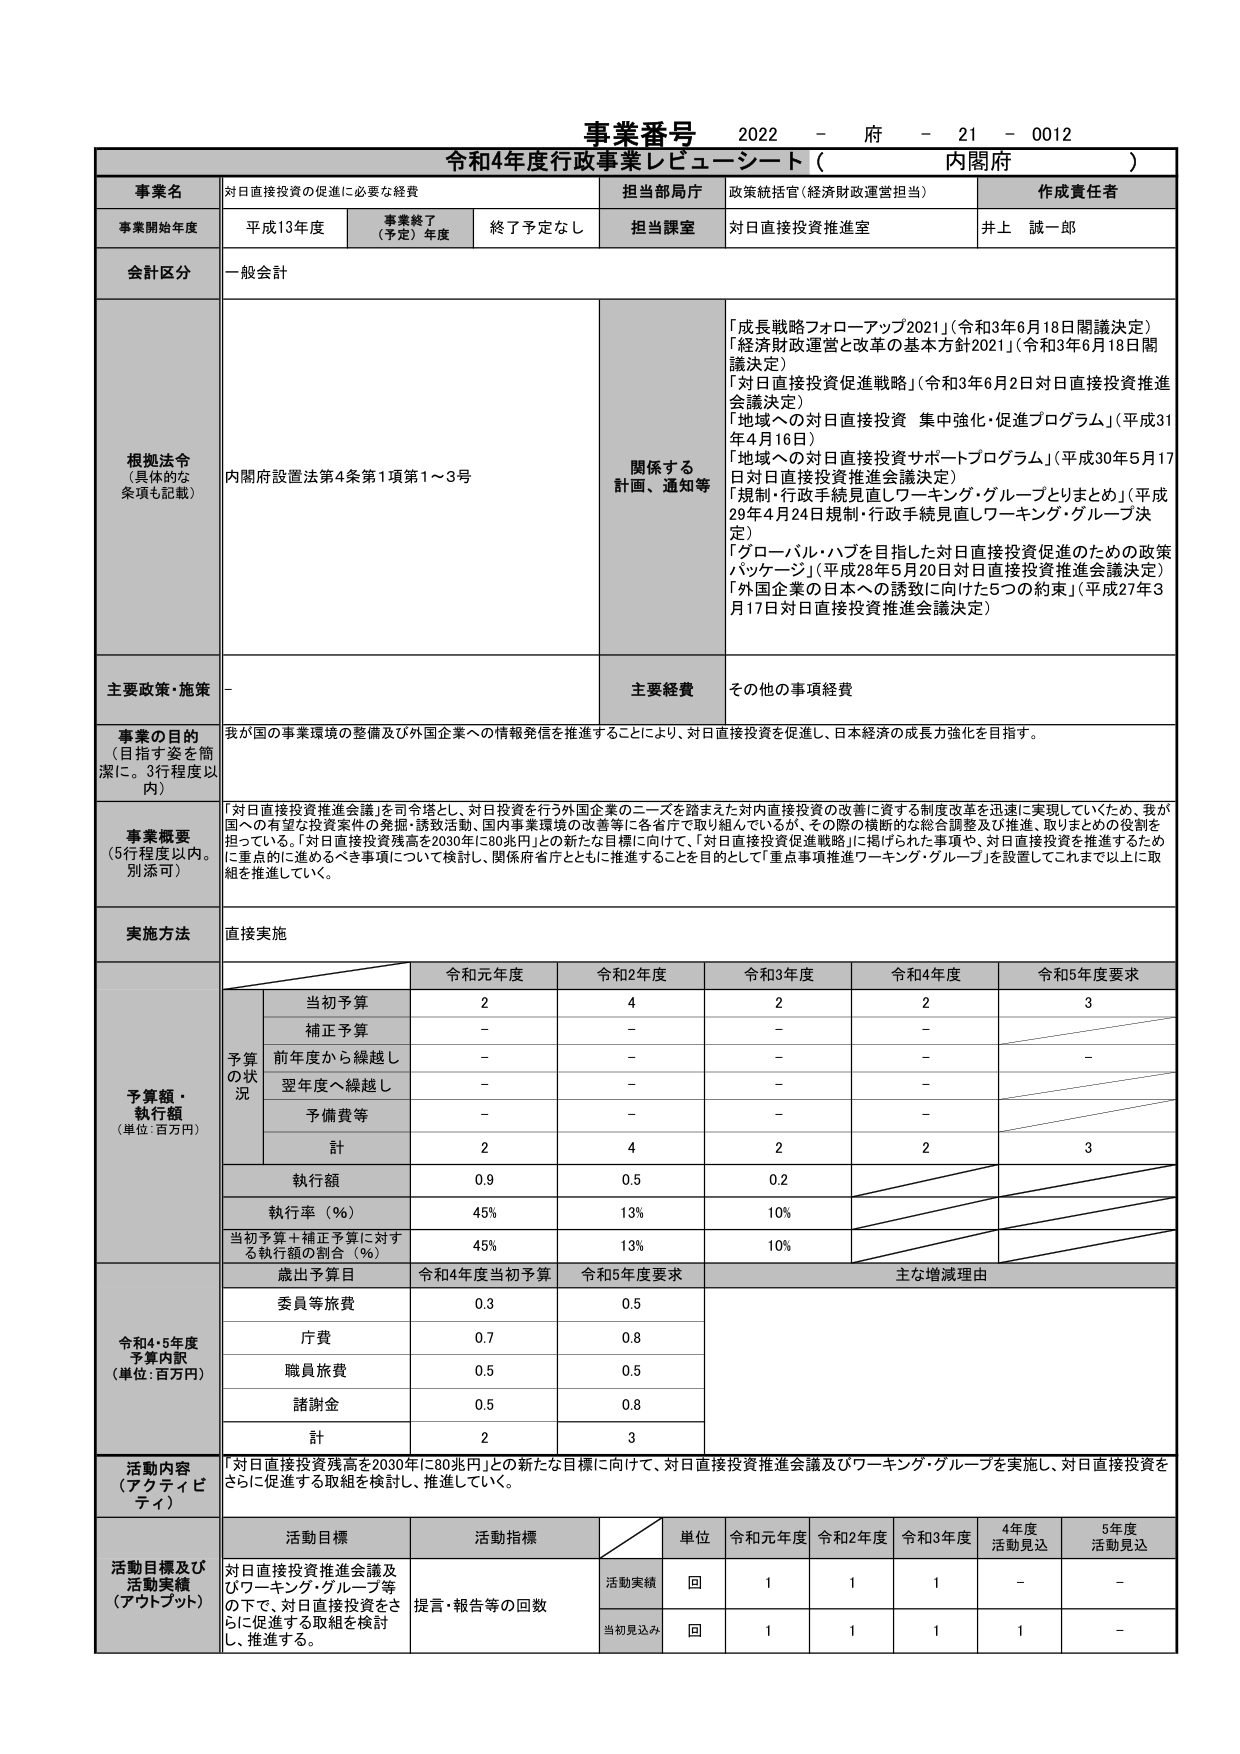
事業番号 2022 - 府 - 21 - 0012
令和4年度行政事業レビュー・シート（ 内閣府 ）

事業名 対日直接投資の促進に必要な経費
担当部局庁 政策統括官（経済財政運営担当）
作成責任者 井上 誠一郎

事業開始年度 平成13年度
事業終了（予定）年度 終了予定なし
担当課室 対日直接投資推進室

会計区分 一般会計

根拠法令（具体的な条項も記載） 内閣府設置法第4条第1項第1～3号
関係する計画、通知等
「成長戦略フォローアップ2021」（令和3年6月18日閣議決定）
「経済財政運営と改革の基本方針2021」（令和3年6月18日閣議決定）
「対日直接投資促進戦略」（令和3年6月2日対日直接投資推進会議決定）
「地域への対日直接投資 集中強化・促進プログラム」（平成31年4月16日）
「地域への対日直接投資サポートプログラム」（平成30年5月17日対日直接投資推進会議決定）
「規制・行政手続見直しワーキング・グループとりまとめ」（平成29年4月24日規制・行政手続見直しワーキング・グループ決定）
「グローバル・ハブを目指した対日直接投資促進のための政策パッケージ」（平成28年5月20日対日直接投資推進会議決定）
「外国企業の日本への誘致に向けた5つの約束」（平成27年3月17日対日直接投資推進会議決定）

主要政策・施策 -
主要経費 その他の事項経費

事業の目的（目指す姿を簡潔に。3行程度以内）
我が国の事業環境の整備及び外国企業への情報発信を推進することにより、対日直接投資を促進し、日本経済の成長力強化を目指す。

事業概要（5行程度以内。別添可）
「対日直接投資推進会議」を司令塔とし、対日投資を行う外国企業のニーズを踏まえた対内直接投資の改善に資する制度改革を迅速に実現していくため、我が国への有望な投資案件の発掘・誘致活動、国内事業環境の改善等に各省庁で取り組んでいるが、その際の横断的な総合調整及び推進、取りまとめの役割を担っている。「対日直接投資残高を2030年に80兆円」との新たな目標に向けて、「対日直接投資促進戦略」に掲げられた事項や、対日直接投資を推進するために重点的に進めるべき事項について検討し、関係府省庁とともに推進することを目的として「重点事項推進ワーキング・グループ」を設置してこれまで以上に取組を推進していく。

実施方法 直接実施

予算額・執行額（単位：百万円）
令和元年度 令和2年度 令和3年度 令和4年度 令和5年度要求
当初予算 2 4 2 2 3
補正予算 - - - -
前年度から繰越し - - - - -
翌年度へ繰越し - - - -
予備費等 - - - -
計 2 4 2 2 3
執行額 0.9 0.5 0.2
執行率（％） 45% 13% 10%
当初予算＋補正予算に対する執行額の割合（％） 45% 13% 10%

令和4・5年度予算内訳（単位：百万円）
歳出予算目 令和4年度当初予算 令和5年度要求 主な増減理由
委員等旅費 0.3 0.5
庁費 0.7 0.8
職員旅費 0.5 0.5
諸謝金 0.5 0.8
計 2 3

活動内容（アクティビティ）
「対日直接投資残高を2030年に80兆円」との新たな目標に向けて、対日直接投資推進会議及びワーキング・グループを実施し、対日直接投資をさらに促進する取組を検討し、推進していく。

活動目標及び活動実績（アウトプット）
活動目標 活動指標 単位 令和元年度 令和2年度 令和3年度 4年度活動見込 5年度活動見込
対日直接投資推進会議及びワーキング・グループ等の下で、対日直接投資をさらに促進する取組を検討し、推進する。 提言・報告等の回数 活動実績 回 1 1 1 - -
当初見込み 回 1 1 1 1 -